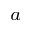
^ { a }